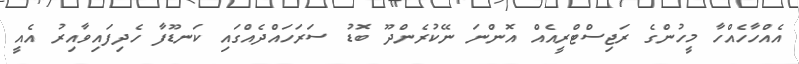
އެއްހާހެއްހާ މީހުންގެ ރަޖިސްޓްރީއެއް އޮންނަ ނޭކުރެންދޫ ބޮޑު ސަރަހައްދެއްގައި ކަނޑޫފާ ހެދިފައިވާއިރު އެއީ